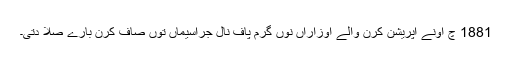
1881 چ اونے اپریشن کرن والے اوزاراں نوں گرم پاف نال جراسیماں توں صاف کرن بارے صلا دتی۔